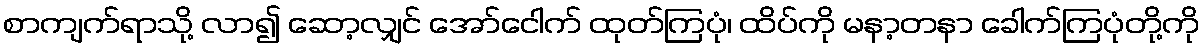
စာကျက်ရာသို့ လာ၍ ဆော့လျှင် အော်ငေါက် ထုတ်ကြပုံ၊ ထိပ်ကို မနာ့တနာ ခေါက်ကြပုံတို့ကို